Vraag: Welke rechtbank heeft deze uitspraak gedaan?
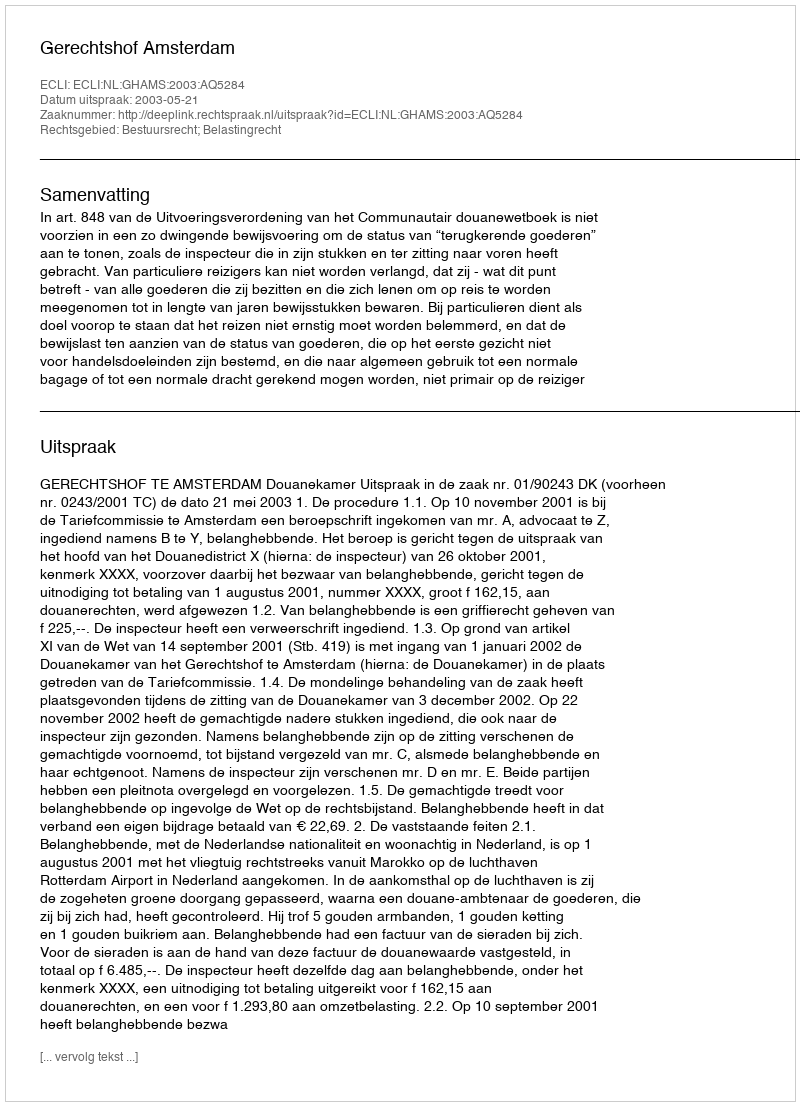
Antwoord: Gerechtshof Amsterdam